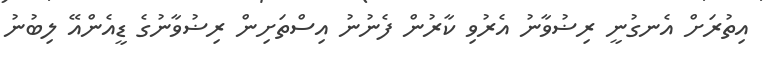
އިތުރަށް އެނގުނީ ރިޟުވާނު އެރުވި ކާރުން ފެނުނު އިސްތަށިން ރިޟުވާނުގެ ޑީއެންއޭ ލިބުނު